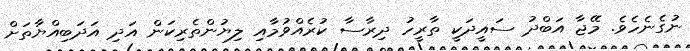
ނުގެނެހެވެ. މޭޖާ އަބްދު ސައީދަކީ ތާރީހު ދިރާސާ ކުރެއްވުމާއި ލިޔުންތެރިކަން އަދި އަދަބިއްޔާތަށް